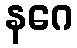
နဂေ